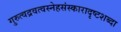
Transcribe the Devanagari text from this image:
गुरुत्वद्रवत्वस्नेहसंस्कारादृष्टशब्दा